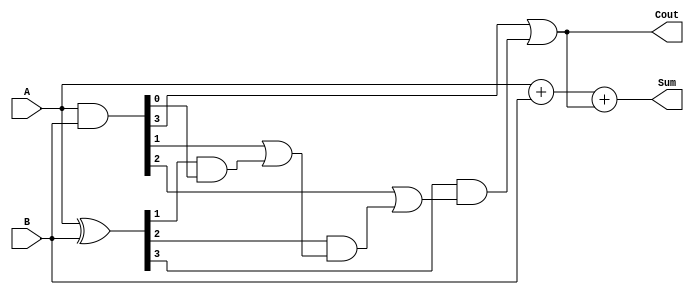
module Kogge_Stone_Adder (
    input [3:0] A, B, // 4-bit input operands A and B
    output [3:0] Sum, // 4-bit output sum
    output Cout // Carry out
);

wire [3:0] P, G; // Propagate and generate signals
wire [3:0] C; // Carry signals

assign P = A ^ B; // Propagate signals
assign G = A & B; // Generate signals
assign C[0] = G[0]; // First carry in C is the first generate signal G[0]

genvar i;
generate
    for (i = 1; i < 4; i = i + 1) begin : gen
        assign C[i] = G[i] | (P[i] & C[i-1]); // Generate carry signals for each stage
    end
endgenerate

assign Cout = C[3]; // Carry out is the last carry signal C[3]

assign Sum = A + B + Cout; // Output sum calculation

endmodule